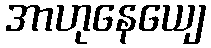
အာဟုနေယျေ